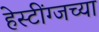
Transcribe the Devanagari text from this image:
हेस्टींग्जच्या